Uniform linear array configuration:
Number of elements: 64
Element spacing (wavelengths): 0.75
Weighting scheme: blackman
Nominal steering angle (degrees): -45
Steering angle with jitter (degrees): -43.68
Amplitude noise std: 0.05
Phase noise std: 0.05

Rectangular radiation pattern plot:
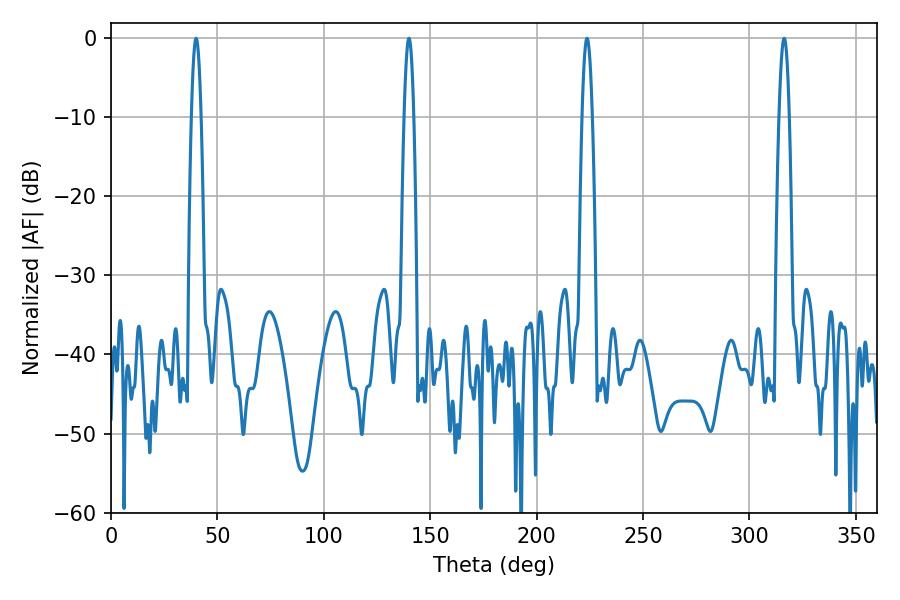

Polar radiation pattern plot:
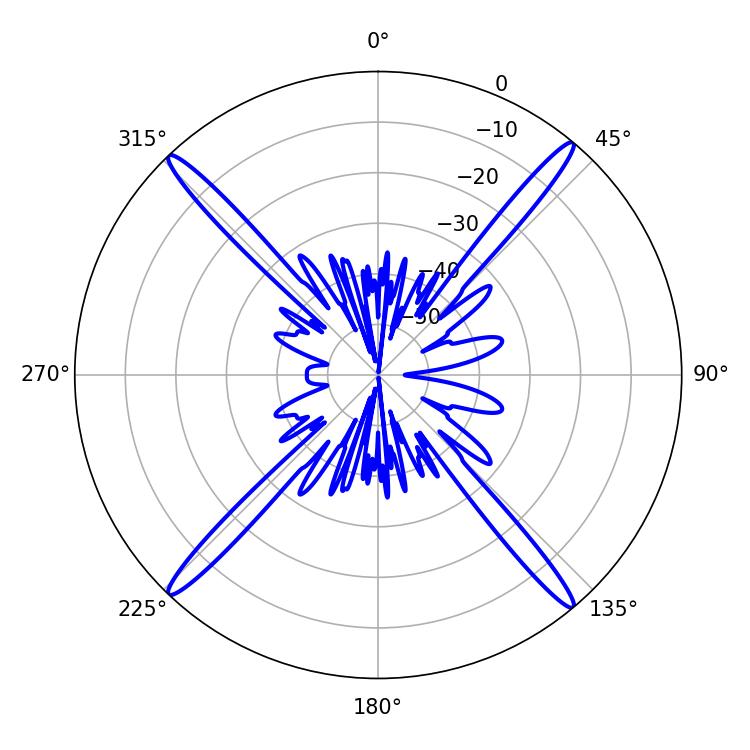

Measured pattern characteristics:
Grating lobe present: TRUE
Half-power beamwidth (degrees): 2.34
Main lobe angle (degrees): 39.96